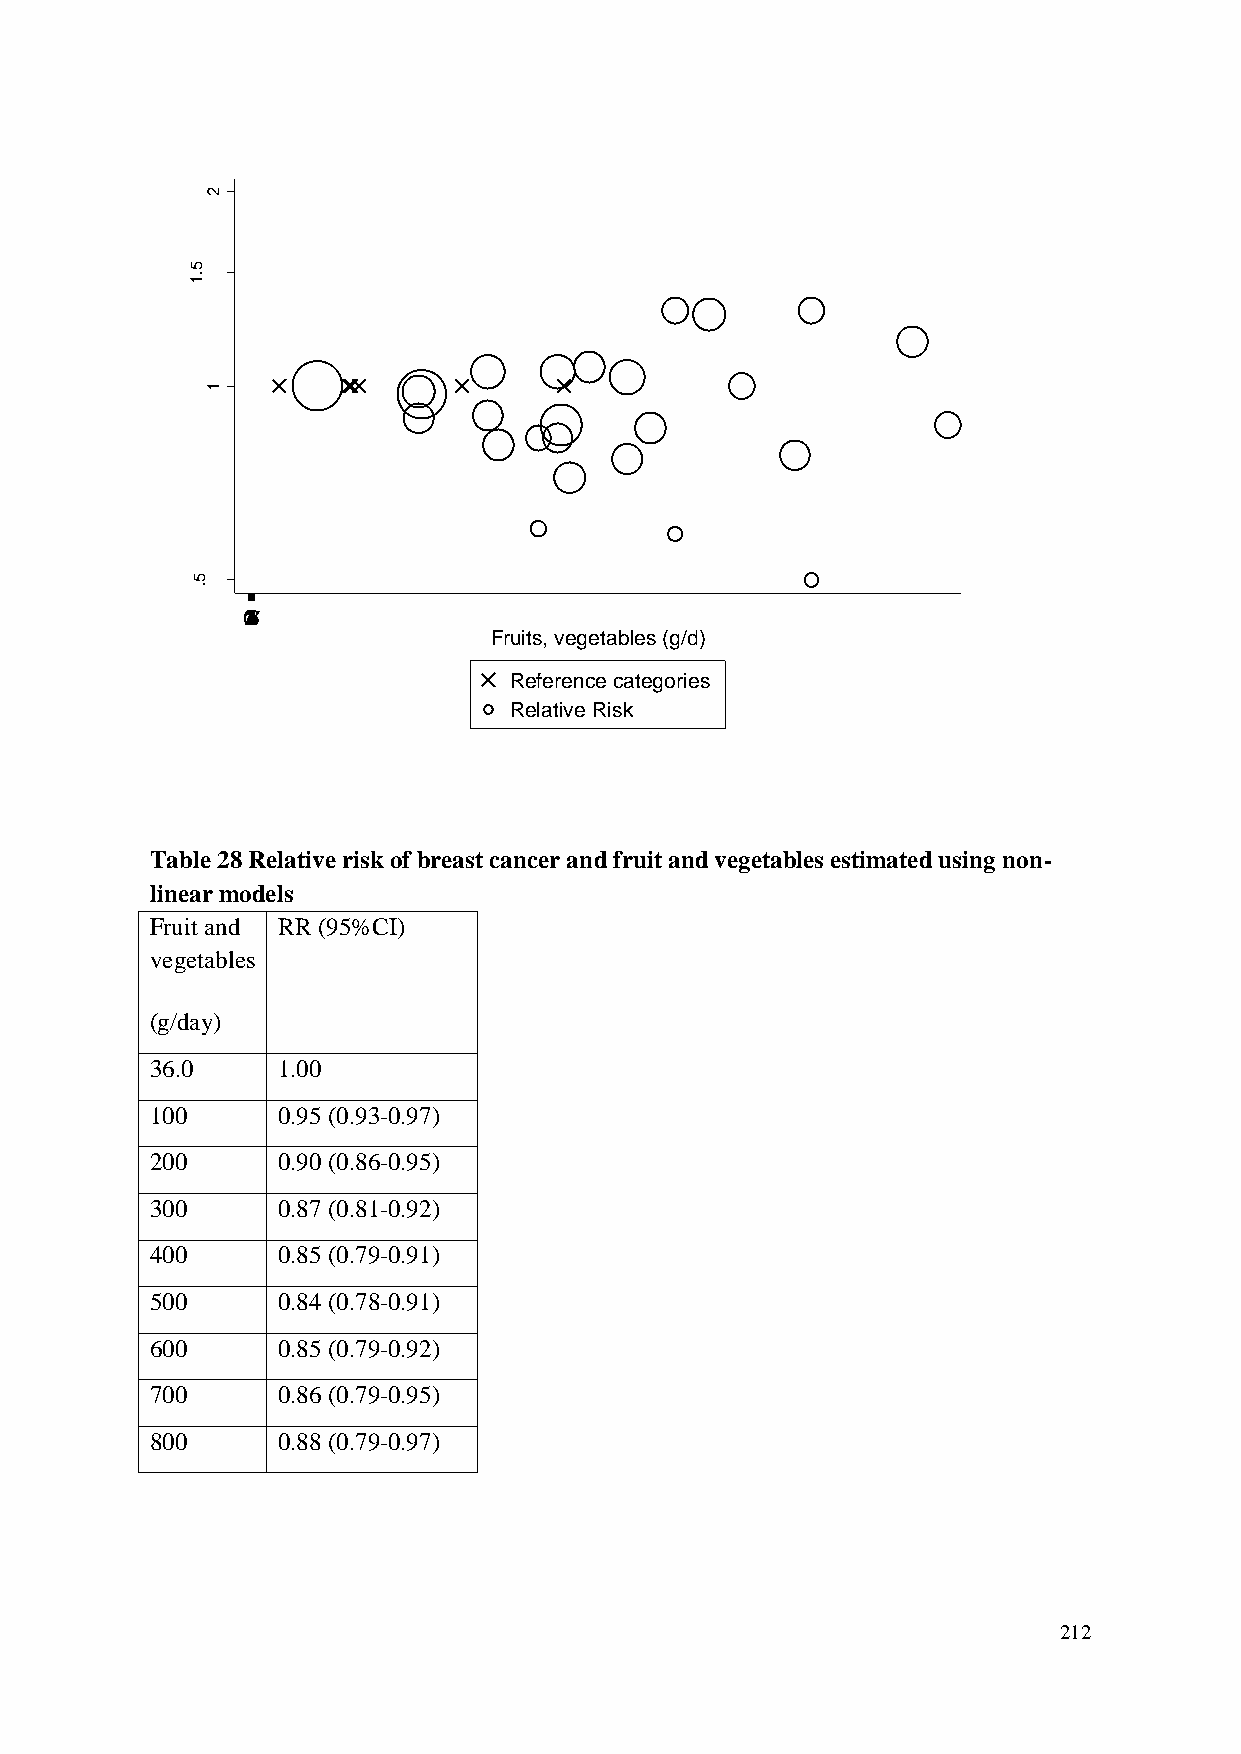
2
 5
 .1
 R
 R
 d
 e
 ta           1
 m
 its
 E
 5
 .
 01234567
 Fruits, vegetables (g/d)
 Reference categories
 Relative Risk
 Table 28 Relative risk of breast cancer and fruit and vegetables estimated using non-
 linear models
 Fruit and RR (95%CI)
 vegetables
 (g/day)
 36.0    1.00
 100     0.95 (0.93-0.97)
 200     0.90 (0.86-0.95)
 300     0.87 (0.81-0.92)
 400     0.85 (0.79-0.91)
 500     0.84 (0.78-0.91)
 600     0.85 (0.79-0.92)
 700     0.86 (0.79-0.95)
 800     0.88 (0.79-0.97)
 212